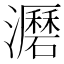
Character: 𤃹